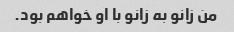
من زانو به زانو با او خواهم بود.